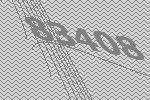
83408